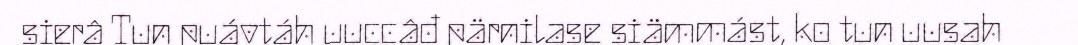
sierâ Tun puávtáh uuccâđ pärnilase siämmást, ko tun uusah